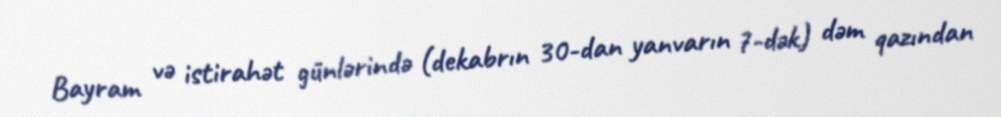
Bayram və istirahət günlərində (dekabrın 30-dan yanvarın 7-dək) dəm qazından